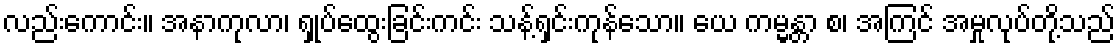
လည်းကောင်း။ အနာကုလာ၊ ရှုပ်ထွေးခြင်းကင်း သန့်ရှင်းကုန်သော။ ယေ ကမ္မန္တာ စ၊ အကြင် အမှုလုပ်တို့သည်